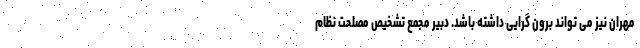
مهران نیز می تواند برون گرایی داشته باشد. دبیر مجمع تشخیص مصلحت نظام